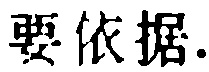
要依据.